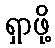
ရှာဖို့